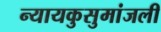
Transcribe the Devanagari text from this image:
न्यायकुसुमांजली